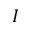
I